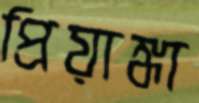
প্রিয়াঙ্কা